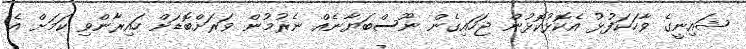
ޝައިނީގެ ވާހަކަފުޅު އެކޮޅުކޮޅުން ޖަހައިގެން ނޫސްބަޔާނެއް ނެރުމުން ވަރަށްބޮޑަށް ހައިރާންވި ކަމަށް އެ